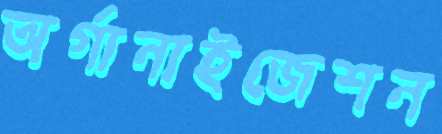
অর্গানাইজেশন